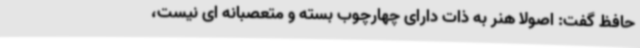
حافظ گفت: اصولا هنر به ذات دارای چهارچوب بسته و متعصبانه ای نیست،